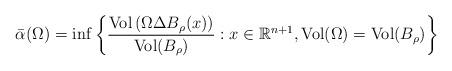
LaTeX: \begin{align*}\bar{\alpha}(\Omega) = \inf\left\lbrace \dfrac{\mathrm{Vol}\left(\Omega\Delta B_\rho(x)\right)}{\mathrm{Vol}(B_{\rho})} :x\in\mathbb{R}^{n+1},\mathrm{Vol}(\Omega)=\mathrm{Vol}(B_{\rho})\right\rbrace \end{align*}